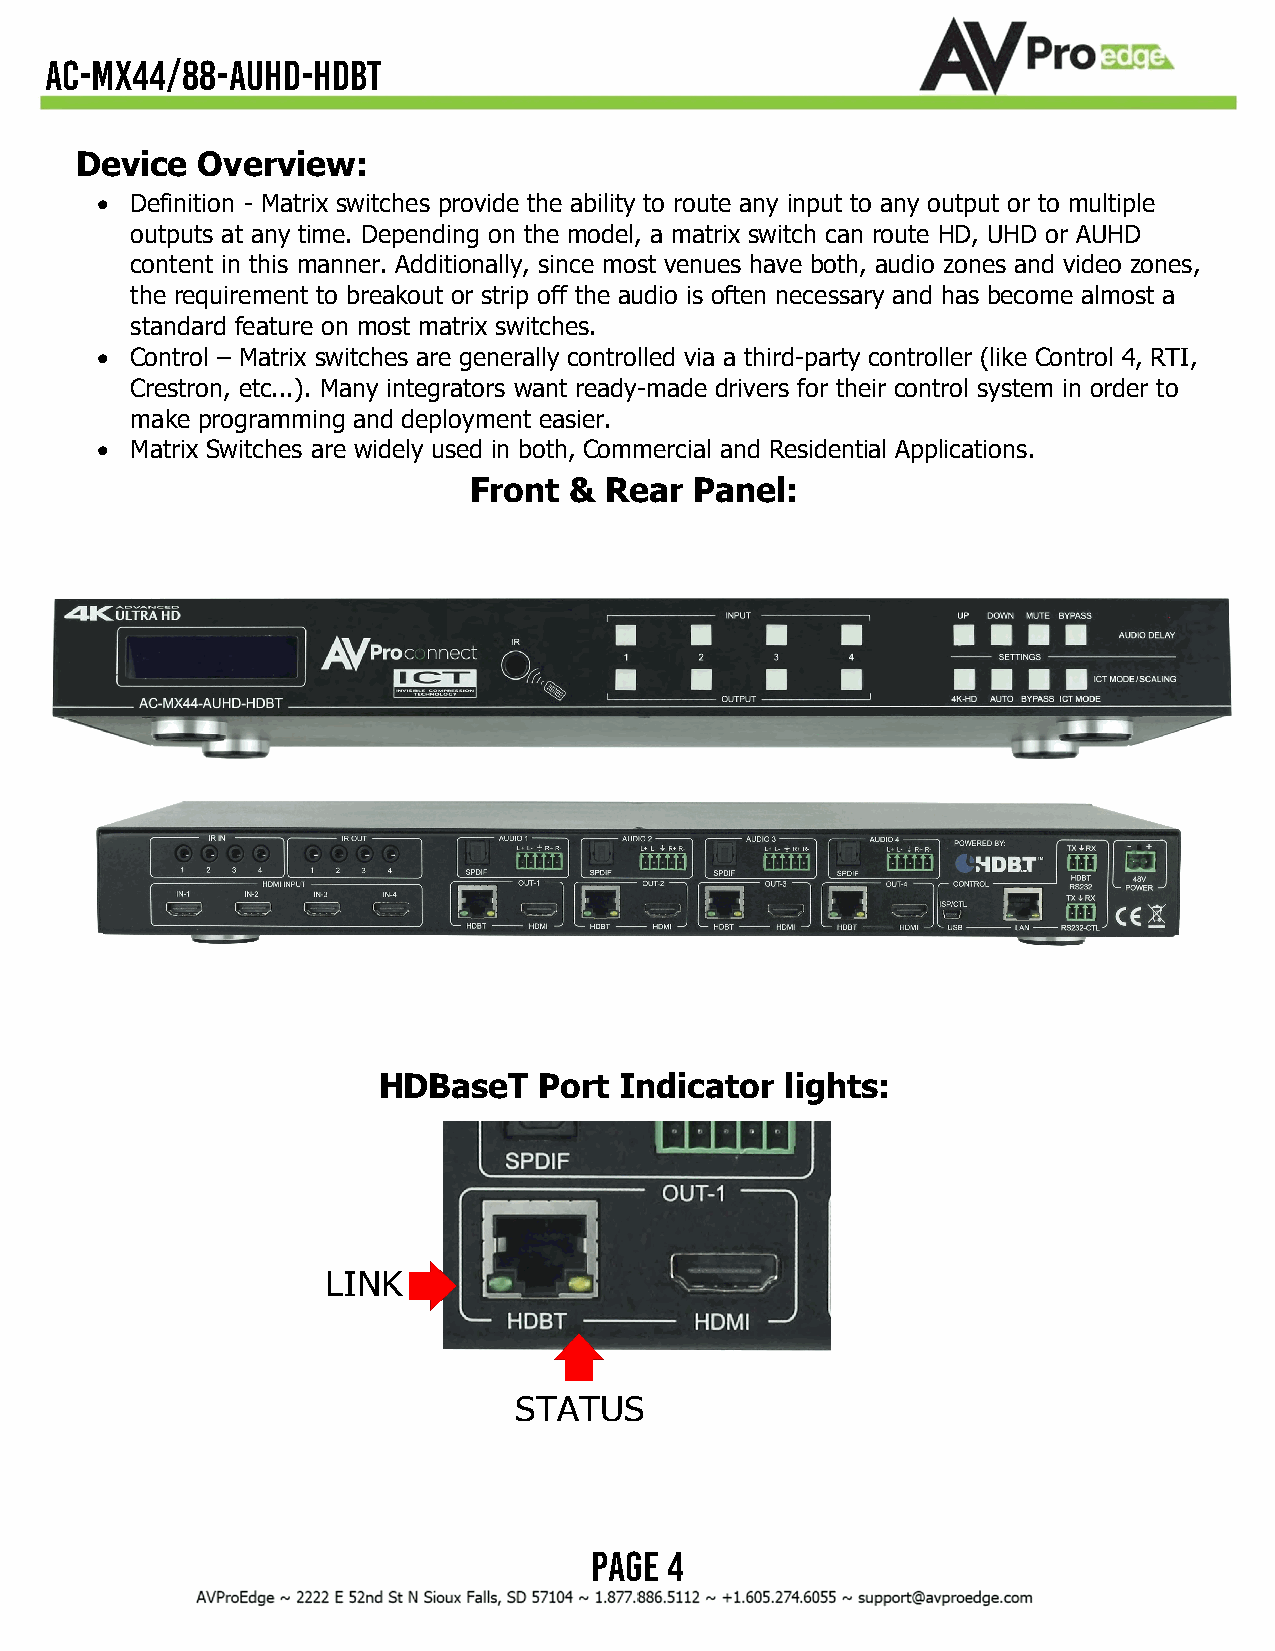
AC-MX44/88-AUHD-HDBT
 Device  Overview:
 •  Definition - Matrix switches provide the ability to route any input to any output or to multiple
 outputs at any time. Depending on the model, a matrix switch can route HD, UHD or AUHD
 content in this manner. Additionally, since most venues have both, audio zones and video zones,
 the requirement to breakout or strip off the audio is often necessary and has become almost a
 standard feature on most matrix switches.
 •  Control – Matrix switches are generally controlled via a third-party controller (like Control 4, RTI,
 Crestron, etc...). Many integrators want ready-made drivers for their control system in order to
 make programming and deployment easier.
 •  Matrix Switches are widely used in both, Commercial and Residential Applications.
 Front  & Rear  Panel:
 HDBaseT    Port Indicator  lights:
 LINK
 STATUS
 Page 4